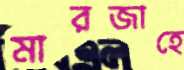
মারজাহে